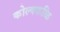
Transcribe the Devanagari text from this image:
कोल्क्कळि